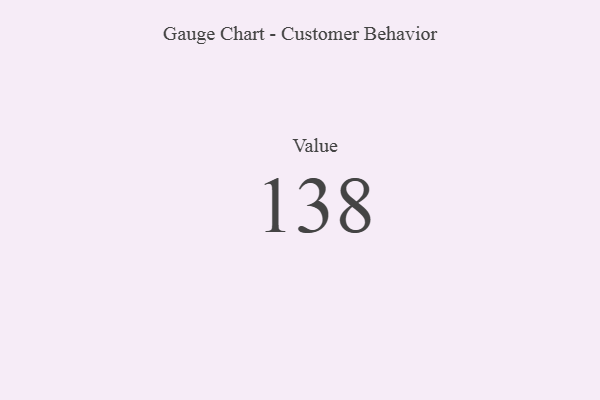
{"axis": {"x": "Metric", "y": "Value"}, "legend": [""], "data": [{"x": "Value", "y": 138, "type": ""}]}